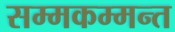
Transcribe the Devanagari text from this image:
सम्मकम्मन्त